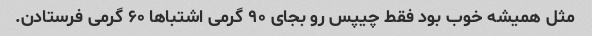
مثل همیشه خوب بود فقط چیپس رو بجای ۹۰ گرمی اشتباها ۶۰ گرمی فرستادن.